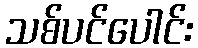
သစ်ပင်ပေါင်း